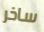
ساخر